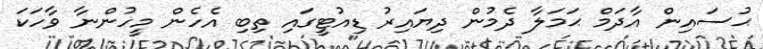
ޙުސައިން އާދަމް ޙަމަލާ ދެމުން ދިޔައިރު ޑިއުޓީގައި ތިބި އެހެން މީހުންނާ ވާހަކަ